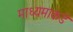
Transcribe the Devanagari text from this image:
माध्यमाकडे